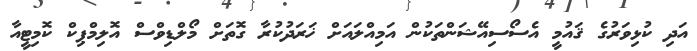
އަދި ކުޅިވަރުގެ ޤައުމީ އެސޯސިއޭޝަންތަކުން އަމިއްލައަށް ޚަރަދުކުރާ ގޮތަށް މޯލްޑިވްސް އޮލިމްޕިކް ކޮމިޓީއާ